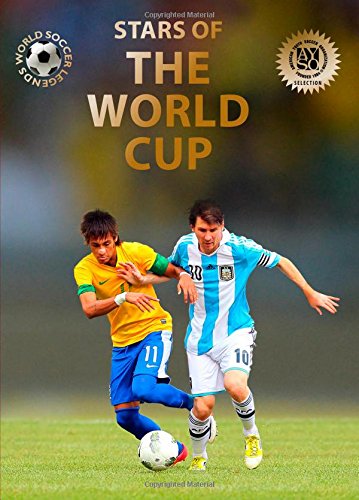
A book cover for Stars of the World Cup (World Soccer Legends); Illugi JÃ¶kulsson; Children's Books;